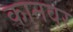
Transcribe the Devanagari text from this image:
कानवर